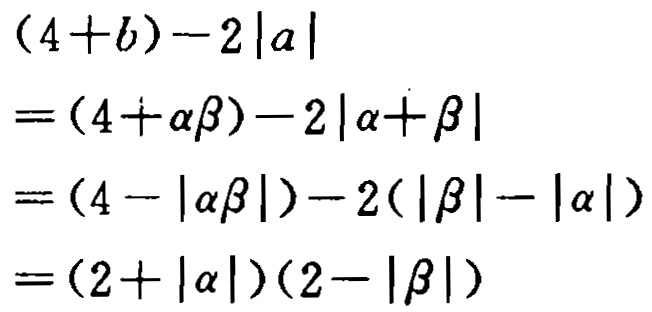
\begin{align*}
&(4 + b)-2|a|\\
=&(4+\alpha\beta)-2|\alpha+\beta|\\
=&(4 - |\alpha\beta|)-2(|\beta|-|\alpha|)\\
=&(2 + |\alpha|)(2-|\beta|)
\end{align*}